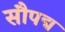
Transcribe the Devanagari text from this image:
सौपद्म